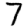
Digit: 7